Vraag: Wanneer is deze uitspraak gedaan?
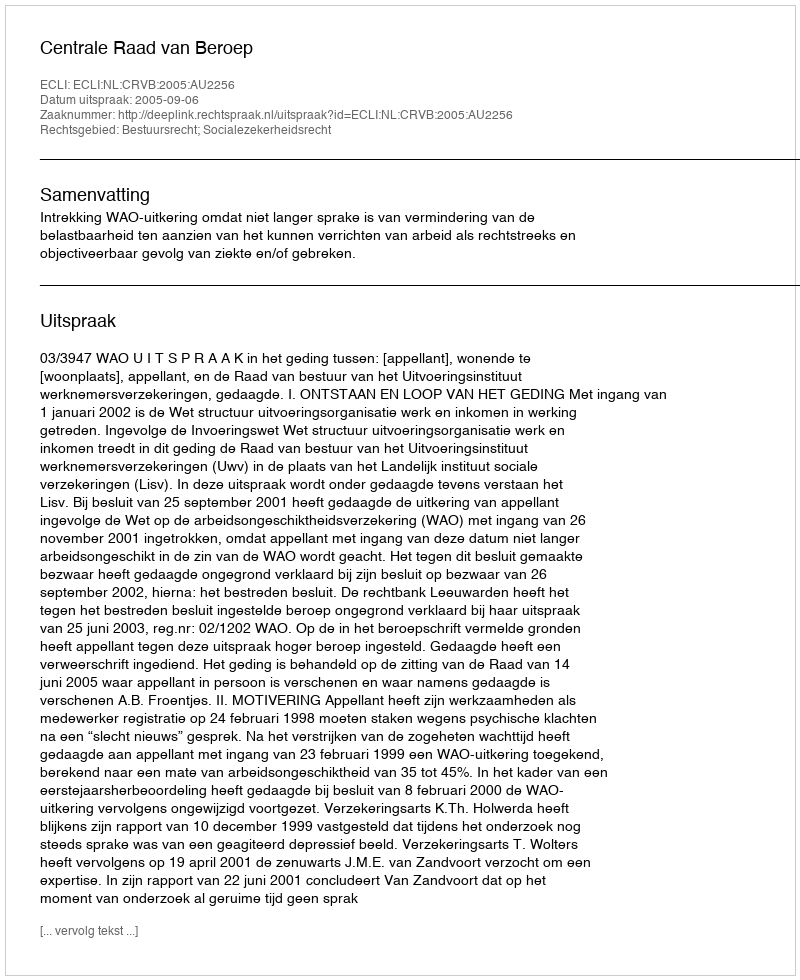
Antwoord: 2005-09-06